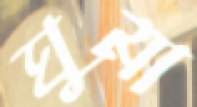
ঘুমা